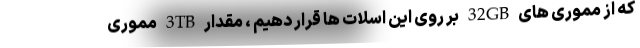
که از مموری های 32GB بر روی این اسلات ها قرار دهیم ، مقدار 3TB مموری